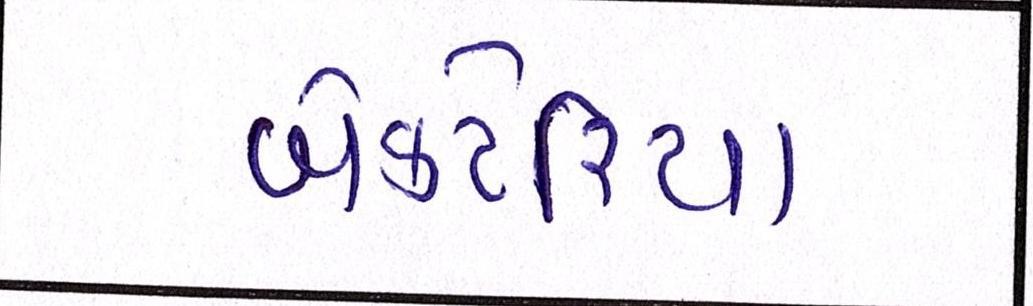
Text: બેક્ટેરિયા